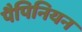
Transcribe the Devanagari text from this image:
पैपिनियन